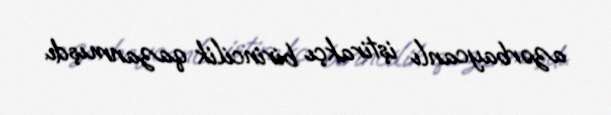
azərbaycanlı iştirakçı birincilik qazanmışdı.